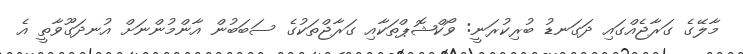
މާލޭގެ ގަރާޖެއްގައި ދަގަނޑު ބުރިކުރަނީ: ވޯކްޝޮޕްތަކާއި ގަރާޖްތަކުގެ ސަބަބުން އާންމުންނަށް އުނދަގޫވާތީ އެ